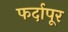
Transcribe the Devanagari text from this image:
फर्दापूर